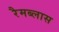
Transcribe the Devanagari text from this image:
रैमब्लास